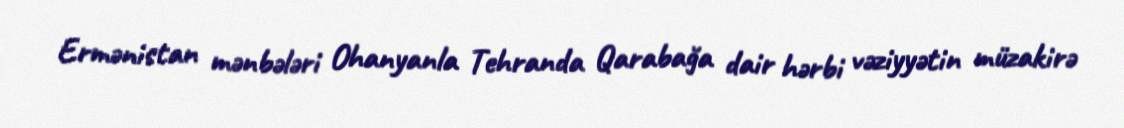
Ermənistan mənbələri Ohanyanla Tehranda Qarabağa dair hərbi vəziyyətin müzakirə